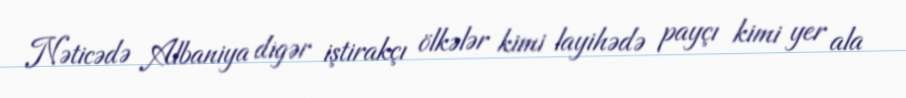
Nəticədə Albaniya digər iştirakçı ölkələr kimi layihədə payçı kimi yer ala